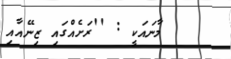
މާނައަކީ : ''ރަށެއްގައި ޒިނޭއާއި